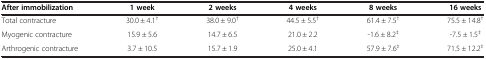
<table><thead><tr><td><b>After immobilization</b></td><td><b>1 week</b></td><td><b>2 weeks</b></td><td><b>4 weeks</b></td><td><b>8 weeks</b></td><td><b>16 weeks</b></td></tr></thead><tbody><tr><td>Total contracture</td><td>30.0 ± 4.1<sup>†</sup></td><td>38.0 ± 9.0<sup>†</sup></td><td>44.5 ± 5.5<sup>†</sup></td><td>61.4 ± 7.5<sup>†</sup></td><td>75.5 ± 14.8<sup>†</sup></td></tr><tr><td>Myogenic contracture</td><td>15.9 ± 5.6</td><td>14.7 ± 6.5</td><td>21.0 ± 2.2</td><td>-1.6 ± 8.2<sup>‡</sup></td><td>-7.5 ± 1.5<sup>‡</sup></td></tr><tr><td>Arthrogenic contracture</td><td>3.7 ± 10.5</td><td>15.7 ± 1.9</td><td>25.0 ± 4.1</td><td>57.9 ± 7.6<sup>‡</sup></td><td>71.5 ± 12.2<sup>‡</sup></td></tr></tbody></table>